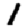
Digit: 1